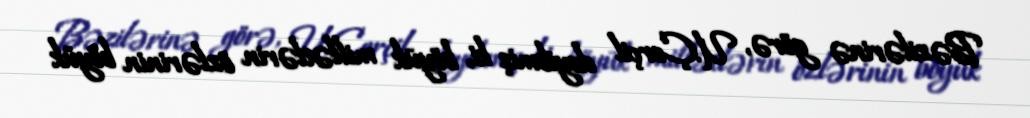
Bəzilərinə görə, U.Çerçil deyibmiş ki, böyük millətlərin özlərinin böyük